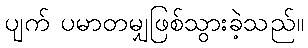
ပျက် ပမာတမျှဖြစ်သွားခဲ့သည်။